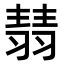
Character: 𦑓